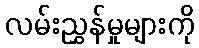
လမ်းညွှန်မှုများကို